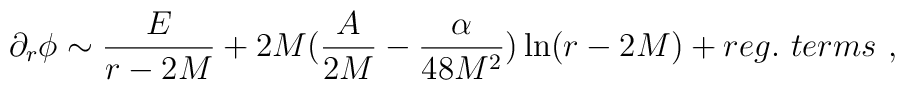
\partial_r\phi \sim \frac{E}{r-2M} +2M(\frac{A}{2M}-\frac{\alpha}{48M^2})\ln(r-2M) + reg.\ terms \ ,